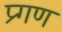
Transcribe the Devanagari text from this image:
प्र्गण